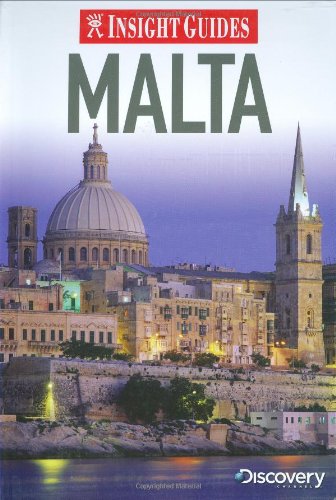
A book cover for Insight Guides: Malta; Travel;